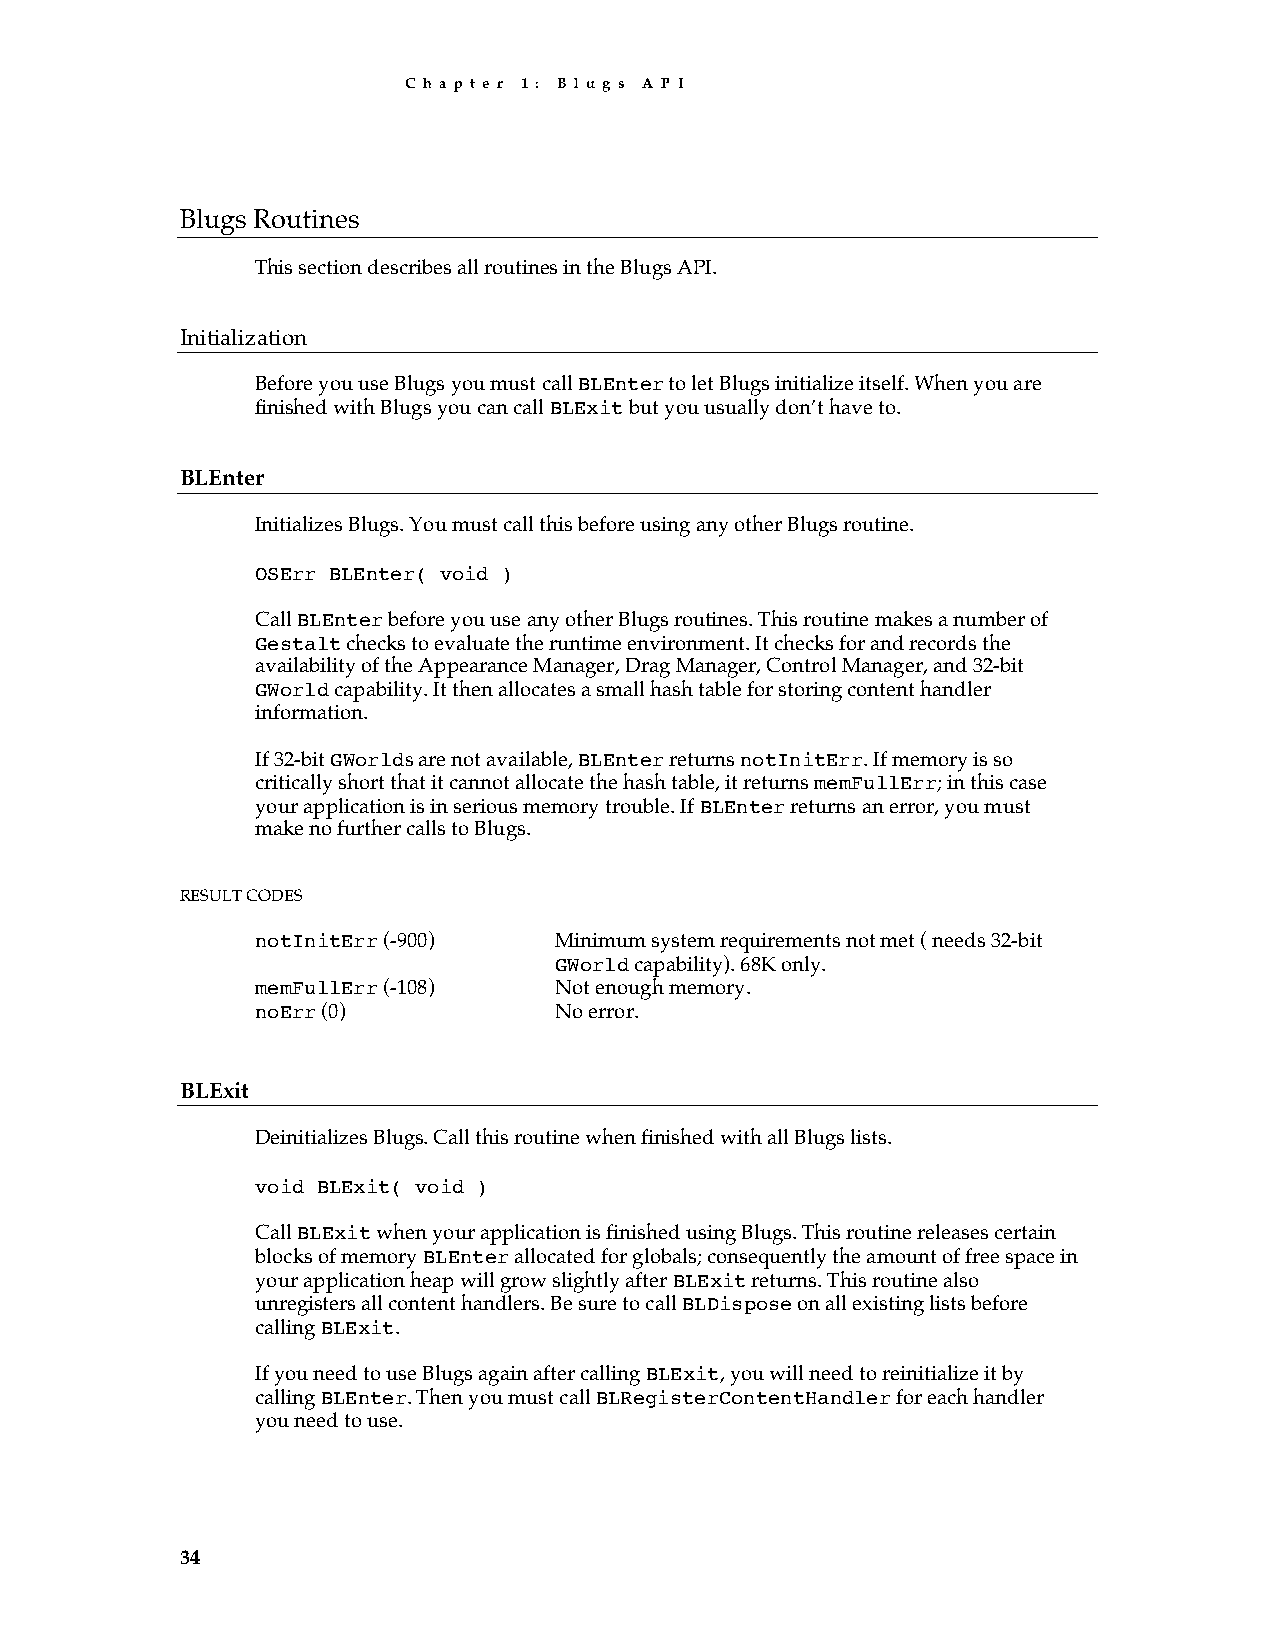
C h a p t e r 1 : B l u g s A P I
 Blugs Routines
 This section describes all routines in the Blugs API.
 Initialization
 Before you use Blugs you must call BLEnter to let Blugs initialize itself. When you are
 finished with Blugs you can call BLExit but you usually don’t have to.
 BLEnter
 Initializes Blugs. You must call this before using any other Blugs routine.
 OSErr BLEnter( void )
 Call BLEnter before you use any other Blugs routines. This routine makes a number of
 Gestalt checks to evaluate the runtime environment. It checks for and records the
 availability of the Appearance Manager, Drag Manager, Control Manager, and 32-bit
 GWorld capability. It then allocates a small hash table for storing content handler
 information.
 If 32-bit GWorlds are not available, BLEnter returns notInitErr. If memory is so
 critically short that it cannot allocate the hash table, it returns memFullErr; in this case
 your application is in serious memory trouble. If BLEnter returns an error, you must
 make no further calls to Blugs.
 RESULT CODES
 notInitErr (-900)   Minimum system requirements not met ( needs 32-bit
 GWorld capability). 68K only.
 memFullErr (-108)   Not enough memory.
 noErr (0)           No error.
 BLExit
 Deinitializes Blugs. Call this routine when finished with all Blugs lists.
 void BLExit( void )
 Call BLExit when your application is finished using Blugs. This routine releases certain
 blocks of memory BLEnter allocated for globals; consequently the amount of free space in
 your application heap will grow slightly after BLExit returns. This routine also
 unregisters all content handlers. Be sure to call BLDispose on all existing lists before
 calling BLExit.
 If you need to use Blugs again after calling BLExit, you will need to reinitialize it by
 calling BLEnter. Then you must call BLRegisterContentHandler for each handler
 you need to use.
 34